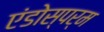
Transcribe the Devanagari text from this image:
एंडोस्पर्म